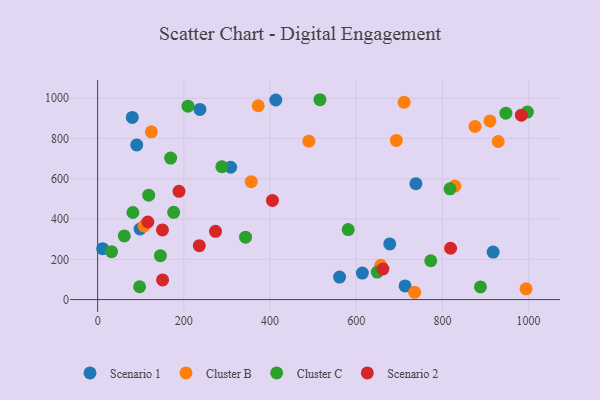
{"axis": {"x": "Ad Spend", "y": "Fuel Efficiency"}, "legend": ["Cluster B", "Cluster C", "Scenario 1", "Scenario 2"], "data": [{"x": "413.4", "y": 991.2, "type": "Scenario 1"}, {"x": "713.3", "y": 67.8, "type": "Scenario 1"}, {"x": "561.3", "y": 111.8, "type": "Scenario 1"}, {"x": "738.4", "y": 575.6, "type": "Scenario 1"}, {"x": "677.8", "y": 276.6, "type": "Scenario 1"}, {"x": "917.6", "y": 236.0, "type": "Scenario 1"}, {"x": "98.4", "y": 350.6, "type": "Scenario 1"}, {"x": "614.2", "y": 131.4, "type": "Scenario 1"}, {"x": "237.3", "y": 944.1, "type": "Scenario 1"}, {"x": "90.7", "y": 768.0, "type": "Scenario 1"}, {"x": "11.6", "y": 252.7, "type": "Scenario 1"}, {"x": "80.4", "y": 904.6, "type": "Scenario 1"}, {"x": "308.7", "y": 657.2, "type": "Scenario 1"}, {"x": "910.3", "y": 887.3, "type": "Cluster B"}, {"x": "656.9", "y": 170.1, "type": "Cluster B"}, {"x": "711.2", "y": 979.8, "type": "Cluster B"}, {"x": "929.4", "y": 785.1, "type": "Cluster B"}, {"x": "875.6", "y": 860.1, "type": "Cluster B"}, {"x": "490.2", "y": 786.7, "type": "Cluster B"}, {"x": "735.6", "y": 36.3, "type": "Cluster B"}, {"x": "828.9", "y": 563.6, "type": "Cluster B"}, {"x": "994.1", "y": 53.4, "type": "Cluster B"}, {"x": "693.0", "y": 790.3, "type": "Cluster B"}, {"x": "372.6", "y": 962.6, "type": "Cluster B"}, {"x": "124.7", "y": 833.3, "type": "Cluster B"}, {"x": "108.0", "y": 365.6, "type": "Cluster B"}, {"x": "356.4", "y": 585.7, "type": "Cluster B"}, {"x": "97.4", "y": 63.7, "type": "Cluster C"}, {"x": "888.2", "y": 63.0, "type": "Cluster C"}, {"x": "947.2", "y": 925.8, "type": "Cluster C"}, {"x": "343.2", "y": 310.0, "type": "Cluster C"}, {"x": "61.9", "y": 316.1, "type": "Cluster C"}, {"x": "288.2", "y": 659.9, "type": "Cluster C"}, {"x": "32.3", "y": 237.7, "type": "Cluster C"}, {"x": "648.9", "y": 136.5, "type": "Cluster C"}, {"x": "997.1", "y": 931.3, "type": "Cluster C"}, {"x": "772.9", "y": 192.9, "type": "Cluster C"}, {"x": "118.5", "y": 518.7, "type": "Cluster C"}, {"x": "176.4", "y": 433.1, "type": "Cluster C"}, {"x": "209.7", "y": 960.3, "type": "Cluster C"}, {"x": "515.9", "y": 992.5, "type": "Cluster C"}, {"x": "81.8", "y": 432.5, "type": "Cluster C"}, {"x": "145.7", "y": 218.0, "type": "Cluster C"}, {"x": "169.4", "y": 702.8, "type": "Cluster C"}, {"x": "581.4", "y": 347.7, "type": "Cluster C"}, {"x": "817.7", "y": 550.2, "type": "Cluster C"}, {"x": "661.9", "y": 152.0, "type": "Scenario 2"}, {"x": "273.5", "y": 339.2, "type": "Scenario 2"}, {"x": "818.9", "y": 254.9, "type": "Scenario 2"}, {"x": "150.7", "y": 97.8, "type": "Scenario 2"}, {"x": "116.5", "y": 385.4, "type": "Scenario 2"}, {"x": "150.4", "y": 345.8, "type": "Scenario 2"}, {"x": "235.9", "y": 267.8, "type": "Scenario 2"}, {"x": "405.6", "y": 492.5, "type": "Scenario 2"}, {"x": "188.8", "y": 537.8, "type": "Scenario 2"}, {"x": "983.1", "y": 915.7, "type": "Scenario 2"}]}